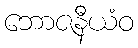
ဘောဇနီယံဝ